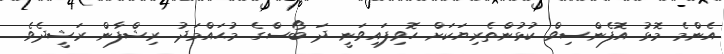
އެންމެ މޮޅު އޮފެންސިވް ކުޅުންތެރިޔަކަށް ހޮވިފައިވަނީ ދަ ބޯސްގެ މުޙައްމަދު ރިޝްފާން ރަޝީދެވެ.